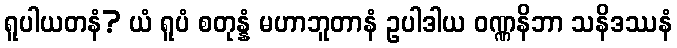
ရူပါယတနံ? ယံ ရူပံ စတုန္နံ မဟာဘူတာနံ ဥပါဒါယ ဝဏ္ဏနိဘာ သနိဒဿနံ